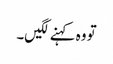
تو وہ کہنے لگیں۔